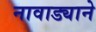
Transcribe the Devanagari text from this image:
नावाड्याने